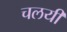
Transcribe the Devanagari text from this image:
चलयी